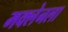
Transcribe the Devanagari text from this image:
मक्लेनला